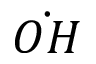
\dot { O H }